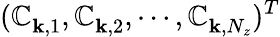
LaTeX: (\mathbb{C}_{{\mathbf{k}},1}^{},\mathbb{C}_{{\mathbf{k}},2}^{},\cdots,\mathbb{C}_{{\mathbf{k}},N_{z}}^{})^{T}